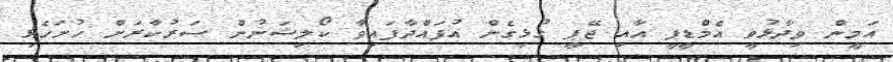
އަމީން ވިދާޅުވީ އެމްޑީޕީ އާއި ޖޭޕީ ގުޅިގެން އުފައްދާފައިވާ ކޯލިޝަނުން ސަރުކާރަށް ހުށަހެޅި